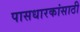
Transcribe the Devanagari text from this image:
पासधारकांसाठी